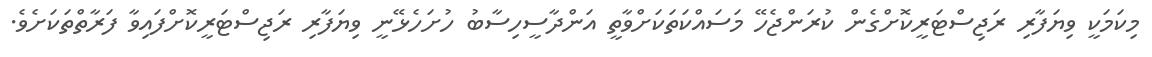
މިކަމަކީ ވިޔަފާރި ރަޖިސްޓަރީކޮށްގެން ކުރަންޖެހޭ މަސައްކަތަކަށްވާތީ އަންދާސީހިސާބު ހުށަހެޅޭނީ ވިޔަފާރި ރަޖިސްޓަރީކޮށްފައިވާ ފަރާތްތަކަށެވެ.